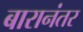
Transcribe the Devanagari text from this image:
बारानंतर